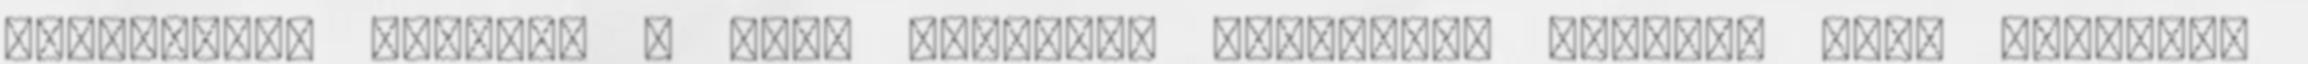
legnagyobb veszély a párt legendás egységére azonban maga Simicska